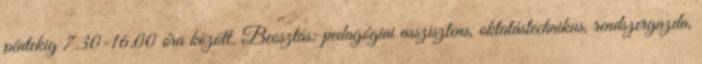
péntekig 7.30-16.00 óra között. Beosztás: pedagógiai asszisztens, oktatástechnikus, rendszergazda,